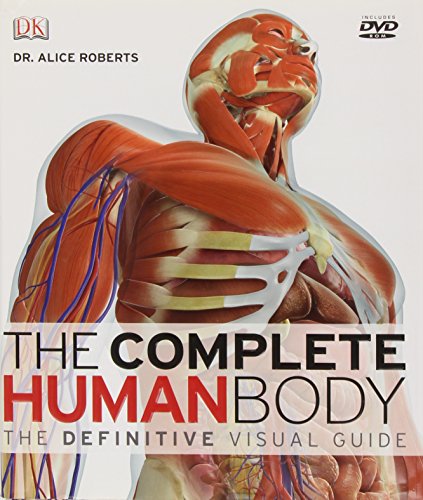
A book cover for The Complete Human Body (Book & DVD-ROM); DK Publishing; Science & Math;